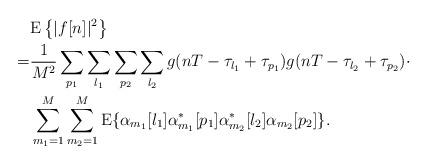
LaTeX: \begin{align*}&\mathrm{E}\left\{|f[n]|^2\right\}\\=&\frac{1}{M^2}\sum_{p_1}\sum_{l_1}\sum_{p_2}\sum_{l_2}g(nT-\tau_{l_1}+\tau_{p_1})g(nT-\tau_{l_2}+\tau_{p_2})\cdot\\&\sum_{m_1=1}^{M}\sum_{m_2=1}^M\mathrm{E}\{\alpha_{m_1}[l_1]\alpha_{m_1}^*[p_1]\alpha_{m_2}^*[l_2]\alpha_{m_2}[p_2]\}.\end{align*}